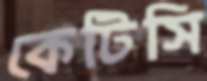
কেটিসি